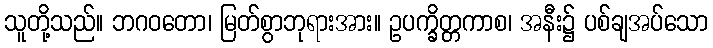
သူတို့သည်။ ဘဂဝတော၊ မြတ်စွာဘုရားအား။ ဥပက္ခိတ္တကာစ၊ အနီး၌ ပစ်ချအပ်သော